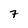
Character: 7